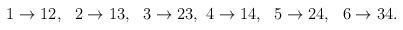
LaTeX: \begin{align*}1\rightarrow 12, ~~2\rightarrow 13,~~3\rightarrow 23,~4\rightarrow 14,{}~~5\rightarrow 24,~~6\rightarrow 34.\end{align*}